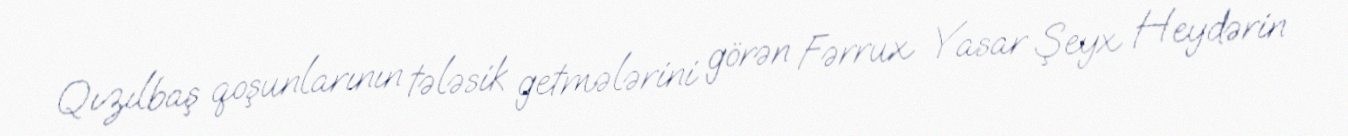
Qızılbaş qoşunlarının tələsik getmələrini görən Fərrux Yasar Şeyx Heydərin